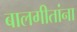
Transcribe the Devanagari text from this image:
बालगीतांना